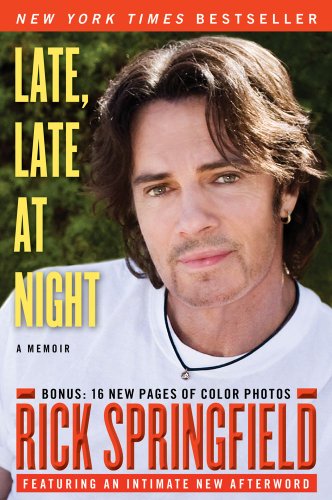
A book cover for Late, Late at Night; Rick Springfield; Biographies & Memoirs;